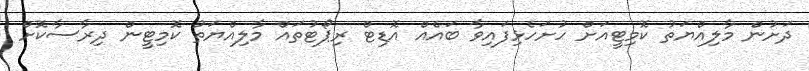
ދަށުން މާލިއްޔަތު ކޮމިޓީއަށް ހުށަހެޅިފައިވާ ބައެއް އޮޑިޓް ރިޕޯޓުތައް މާލިއްޔަތު ކޮމިޓީން ދިރާސާކޮށް